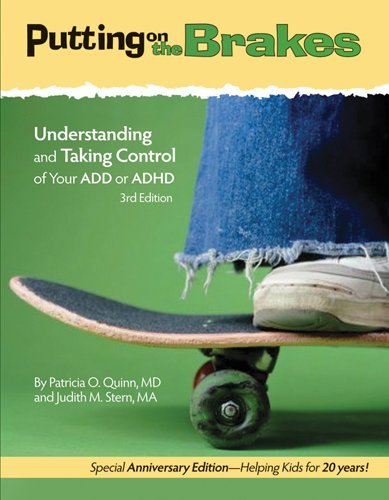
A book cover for Putting on the Brakes: Understanding and Taking Control of Your Add or ADHD; Patricia O. Quinn; Health, Fitness & Dieting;